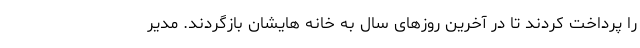
را پرداخت کردند تا در آخرین روزهای سال به خانه هایشان بازگردند. مدیر